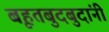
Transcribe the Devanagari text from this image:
बृहतबुदबुदांनी